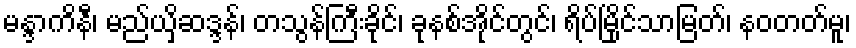
မန္ဒာကိနီ၊ မည်ယှိဆဒ္ဒန်၊ တသွန်ကြီးခိုင်၊ ခုနစ်အိုင်တွင်၊ ရိပ်မြိုင်သာမြတ်၊ နဝတတ်မူ၊